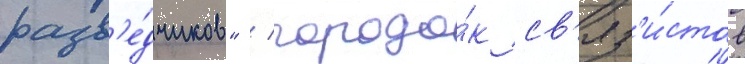
разв'е́дчиков" / городо́к св'яз'и́стов